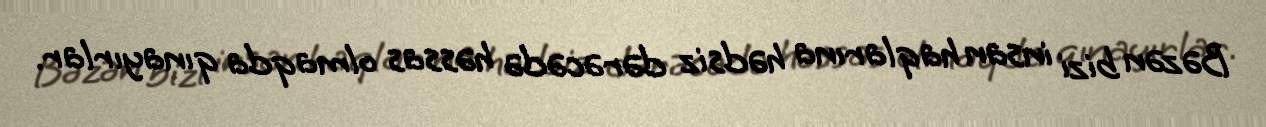
Bəzən bizi insan haqlarına hədsiz dərəcədə həssas olmaqda qınayırlar.